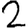
Digit: 2